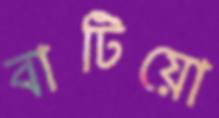
বাটিয়ো